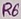
Text: R6